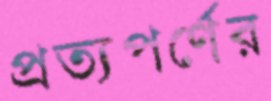
প্রত্যপর্ণের